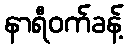
နာရီဝက်ခန့်